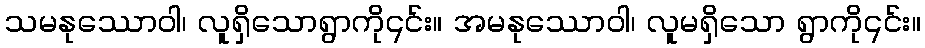
သမနုဿောဝါ၊ လူရှိသောရွာကို၎င်း။ အမနုဿောဝါ၊ လူမရှိသော ရွာကို၎င်း။